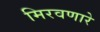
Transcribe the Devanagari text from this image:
मिरवणारे